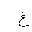
Letter: _gayn